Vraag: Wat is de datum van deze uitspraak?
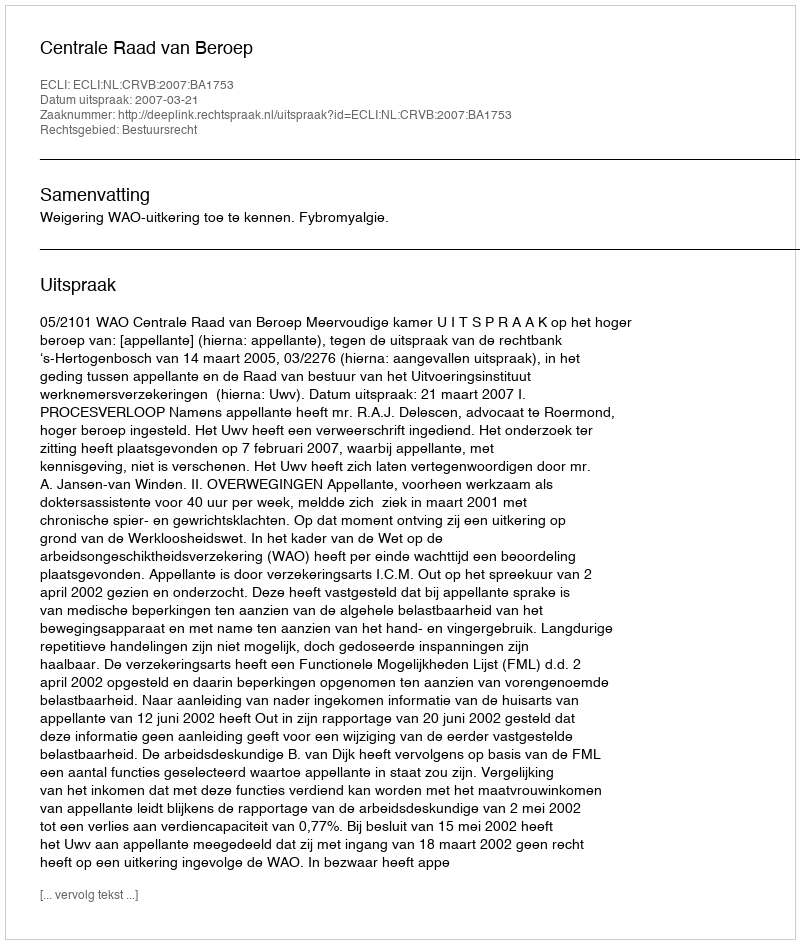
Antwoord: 2007-03-21